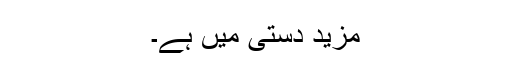
مزید دستی میں ہے۔